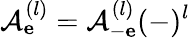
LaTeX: \mathcal{A}_{\mathbf e}^{(l)}=\mathcal{A}_{-\mathbf e}^{(l)}(-)^{l}